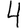
Digit: 4